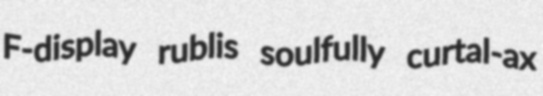
F-display rublis soulfully curtal-ax